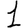
Digit: 1